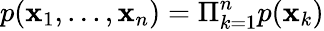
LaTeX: p(\mathbf{x}_{1},...,\mathbf{x}_{n})=\Pi_{k=1}^{n}p(\mathbf{x}_{k})